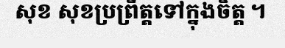
សុខ សុខប្រព្រឹត្តទៅក្នុងចិត្ត ។